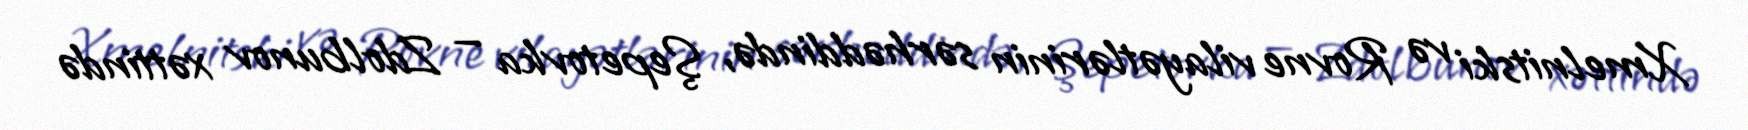
Xmelnitski və Rovne vilayətlərinin sərhəddində, Şepetovka — Zdolbunov xəttində